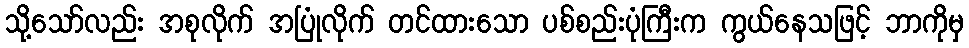
သို့သော်လည်း အစုလိုက် အပြုံလိုက် တင်ထားသော ပစ်စည်းပုံကြီးက ကွယ်နေသဖြင့် ဘာကိုမှ